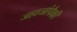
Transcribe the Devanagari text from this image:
जहाजांपैकी